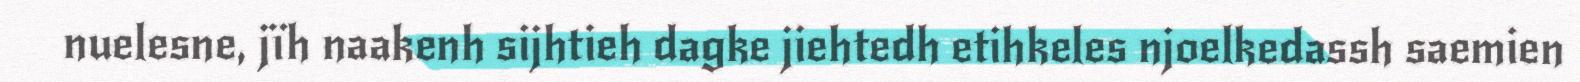
nuelesne, jïh naakenh sijhtieh dagke jiehtedh etihkeles njoelkedassh saemien